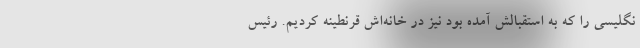
نگلیسی را که به استقبالش آمده بود نیز در خانه‌اش قرنطینه کردیم. رئیس